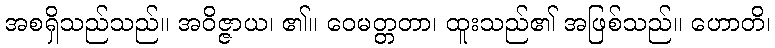
အစရှိသည်သည်။ အဝိဇ္ဇာယ၊ ၏။ ဝေမတ္တတာ၊ ထူးသည်၏ အဖြစ်သည်။ ဟောတိ၊